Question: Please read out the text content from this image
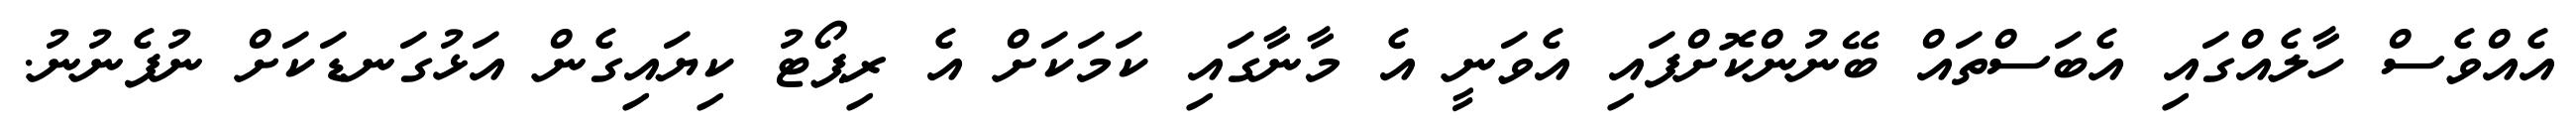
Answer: އެއްވެސް ހާލެއްގައި އެބަސްތައް ބޭނުންކޮށްފައި އެވަނީ އެ މާނާގައި ކަމަކަށް އެ ރިޕޯޓު ކިޔައިގެން އަޅުގަނޑަކަށް ނުފެނުނު.